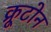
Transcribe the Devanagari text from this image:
क्रूटोन